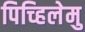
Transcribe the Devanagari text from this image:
पिच्हिलेमु